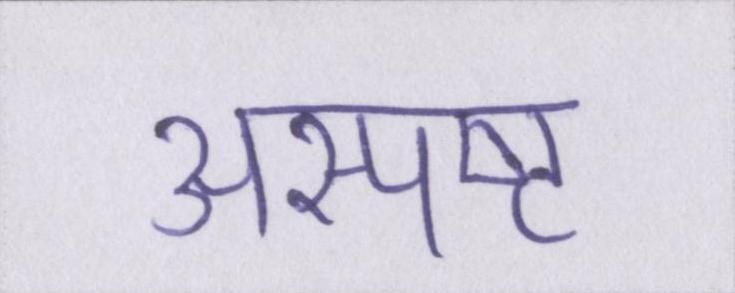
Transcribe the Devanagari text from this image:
अस्पष्ट